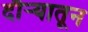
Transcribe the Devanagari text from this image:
दौऱ्यातून